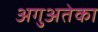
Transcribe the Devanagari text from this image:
अगुअतेका